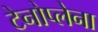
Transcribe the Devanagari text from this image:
टेनोप्लेना